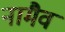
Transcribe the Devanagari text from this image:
नामैव